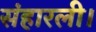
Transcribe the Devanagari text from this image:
संहारली।